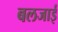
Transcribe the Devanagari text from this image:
बलजाई